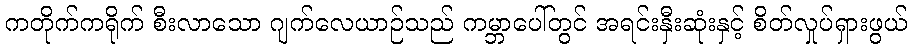
ကတိုက်ကရိုက် စီးလာသော ဂျက်လေယာဉ်သည် ကမ္ဘာပေါ်တွင် အရင်းနှီးဆုံးနှင့် စိတ်လှုပ်ရှားဖွယ်